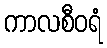
ကာလစီဝရံ